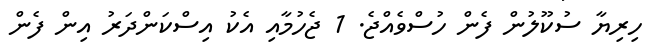
ހިރިޔާ ސުކޫލުން ފެން ހުސްވެއްޖެ. 1 ޖެހުމާއި އެކު އިސްކަންދަރު އިން ފެން